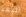
البعد